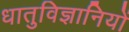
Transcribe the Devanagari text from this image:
धातुविज्ञानियों